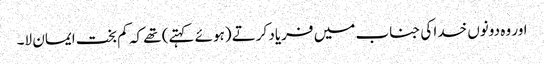
اور وہ دونوں خدا کی جناب میں فریاد کرتے (ہوئے کہتے) تھے کہ کم بخت ایمان لا۔